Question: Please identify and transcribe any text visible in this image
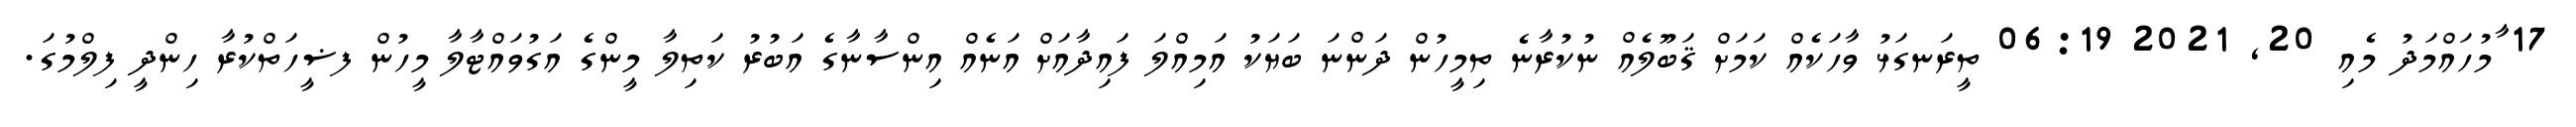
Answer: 17 ާމުހައްމަދު މެއި 20, 2021 06:19 ތީރަނގަޅު ވާހަކެއް ކަމަށް ޤަބޫލެއް ނުކުރާނެ ތިމީހުން ދަންނަ ބަޔަކު އަމިއްލަ ފައިދާއަށް އަނެއް އިންސާނާގެ އަބުރު ކަތިލާ މީންގެ އަގުވައްޓާލާ މީހުން ފޟީހަތްކުރާ ހިންދީ ފިލްމުގަ.